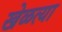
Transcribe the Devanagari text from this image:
खेळत्या